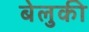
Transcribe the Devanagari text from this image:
बेलुकी